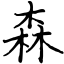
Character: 森